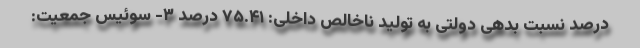
درصد نسبت بدهی دولتی به تولید ناخالص داخلی: ۷۵.۴۱ درصد ۳- سوئیس جمعیت: